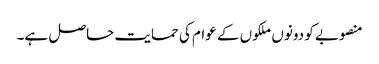
منصوبے کو دونوں ملکوں کے عوام کی حمایت حاصل ہے۔